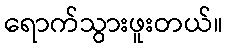
ရောက်သွားဖူးတယ်။